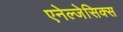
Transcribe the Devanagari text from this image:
एनेल्जेसिक्स